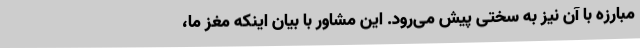
مبارزه با آن نیز به سختی پیش می‌رود. این مشاور با بیان اینکه مغز ما،